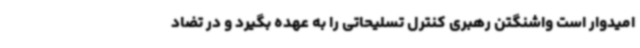
امیدوار است واشنگتن رهبری کنترل تسلیحاتی را به عهده بگیرد و در تضاد